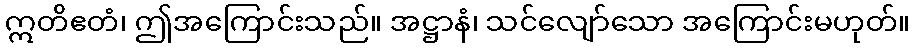
ဣတိဧတံ၊ ဤအကြောင်းသည်။ အဋ္ဌာနံ၊ သင်လျော်သော အကြောင်းမဟုတ်။